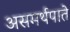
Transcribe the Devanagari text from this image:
असमर्थपाते